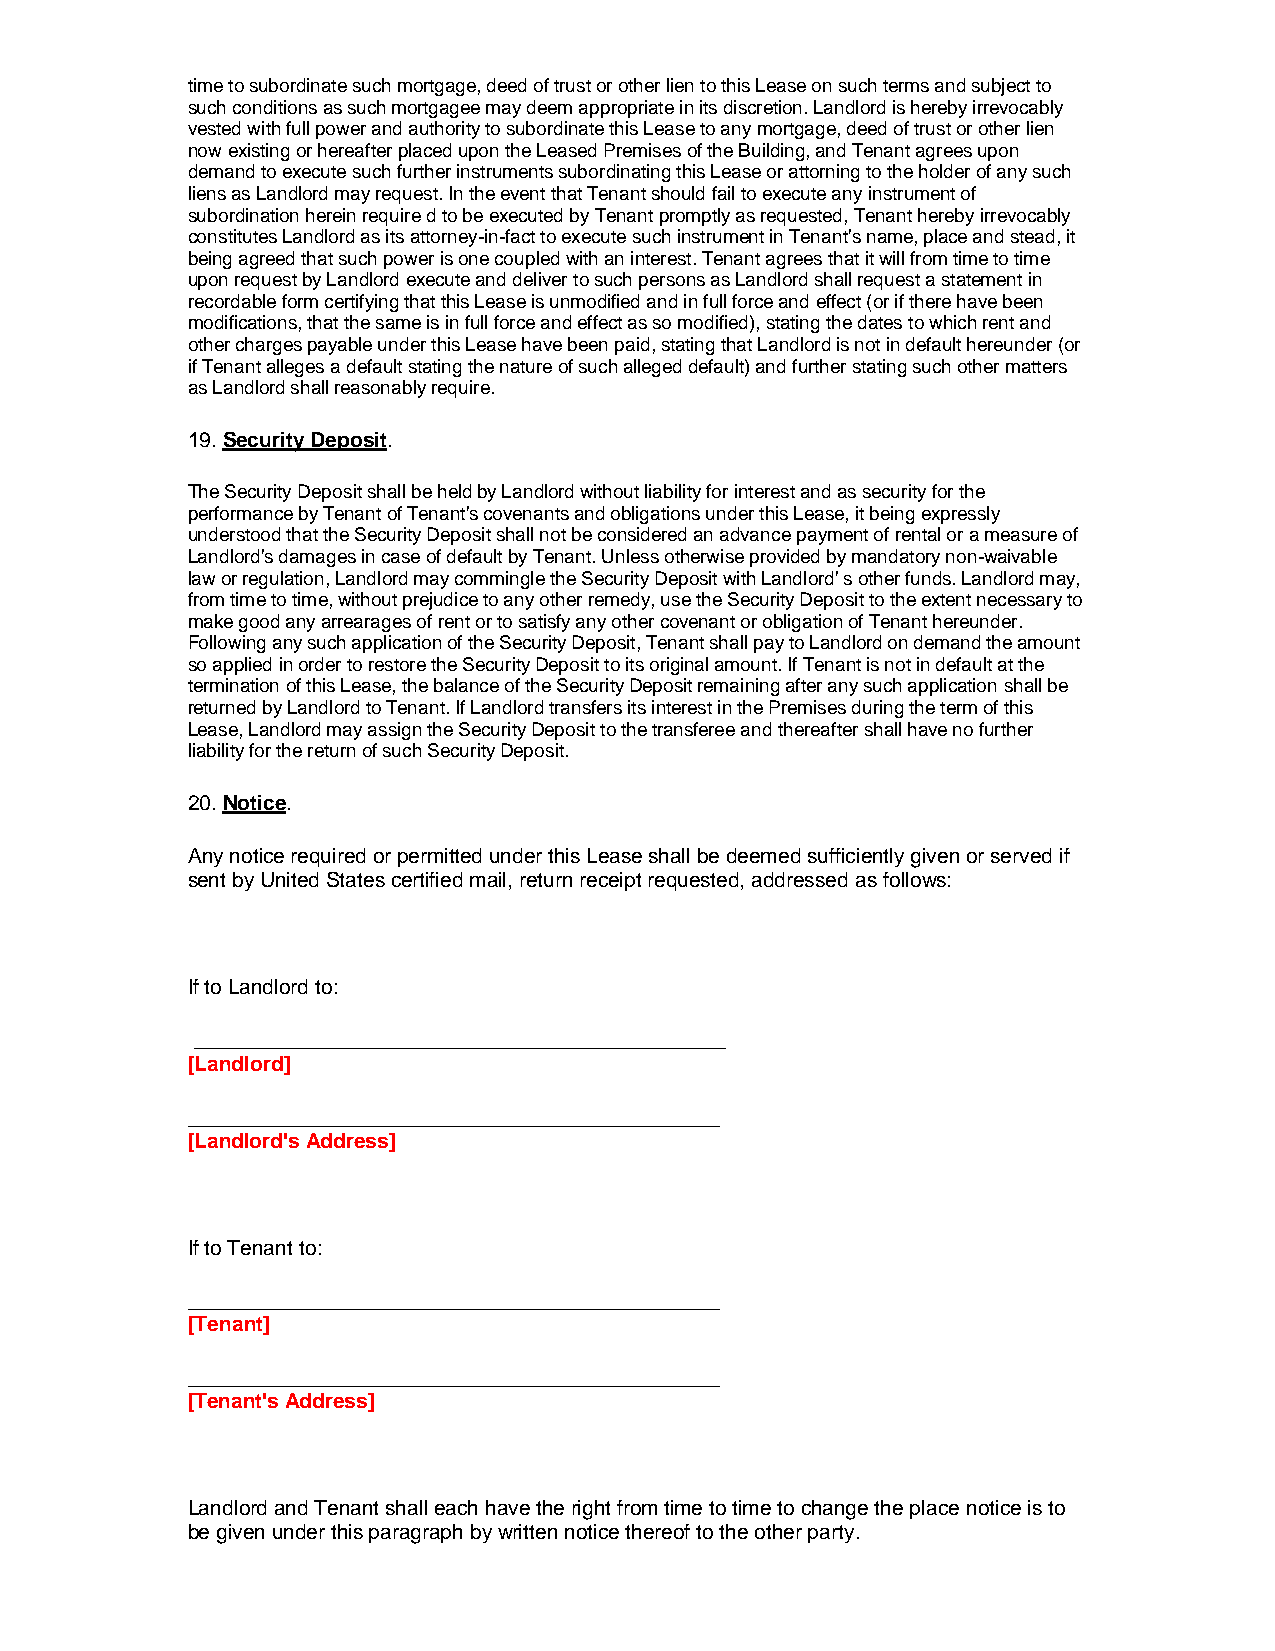
time to subordinate such mortgage, deed of trust or other lien to this Lease on such terms and subject to
 such conditions as such mortgagee may deem appropriate in its discretion. Landlord is hereby irrevocably
 vested with full power and authority to subordinate this Lease to any mortgage, deed of trust or other lien
 now existing or hereafter placed upon the Leased Premises of the Building, and Tenant agrees upon
 demand to execute such further instruments subordinating this Lease or attorning to the holder of any such
 liens as Landlord may request. In the event that Tenant should fail to execute any instrument of
 subordination herein require d to be executed by Tenant promptly as requested, Tenant hereby irrevocably
 constitutes Landlord as its attorney-in-fact to execute such instrument in Tenant's name, place and stead, it
 being agreed that such power is one coupled with an interest. Tenant agrees that it will from time to time
 upon request by Landlord execute and deliver to such persons as Landlord shall request a statement in
 recordable form certifying that this Lease is unmodified and in full force and effect (or if there have been
 modifications, that the same is in full force and effect as so modified), stating the dates to which rent and
 other charges payable under this Lease have been paid, stating that Landlord is not in default hereunder (or
 if Tenant alleges a default stating the nature of such alleged default) and further stating such other matters
 as Landlord shall reasonably require.
 19. Security Deposit.
 The Security Deposit shall be held by Landlord without liability for interest and as security for the
 performance by Tenant of Tenant's covenants and obligations under this Lease, it being expressly
 understood that the Security Deposit shall not be considered an advance payment of rental or a measure of
 Landlord's damages in case of default by Tenant. Unless otherwise provided by mandatory non-waivable
 law or regulation, Landlord may commingle the Security Deposit with Landlord' s other funds. Landlord may,
 from time to time, without prejudice to any other remedy, use the Security Deposit to the extent necessary to
 make good any arrearages of rent or to satisfy any other covenant or obligation of Tenant hereunder.
 Following any such application of the Security Deposit, Tenant shall pay to Landlord on demand the amount
 so applied in order to restore the Security Deposit to its original amount. If Tenant is not in default at the
 termination of this Lease, the balance of the Security Deposit remaining after any such application shall be
 returned by Landlord to Tenant. If Landlord transfers its interest in the Premises during the term of this
 Lease, Landlord may assign the Security Deposit to the transferee and thereafter shall have no further
 liability for the return of such Security Deposit.
 20. Notice.
 Any notice required or permitted under this Lease shall be deemed sufficiently given or served if
 sent by United States certified mail, return receipt requested, addressed as follows:
 If to Landlord to:
 ______________________________________________
 [Landlord]
 ______________________________________________
 [Landlord's Address]
 If to Tenant to:
 ______________________________________________
 [Tenant]
 ______________________________________________
 [Tenant's Address]
 Landlord and Tenant shall each have the right from time to time to change the place notice is to
 be given under this paragraph by written notice thereof to the other party.